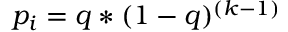
p _ { i } = q * ( 1 - q ) ^ { ( k - 1 ) }